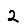
Digit: 2